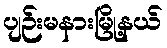
ပျဉ်းမနားမြို့နယ်